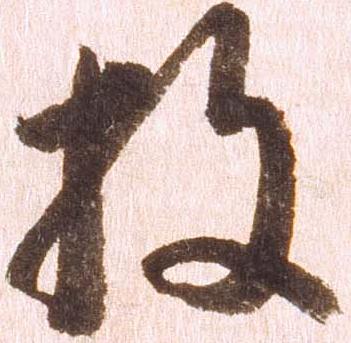
枚